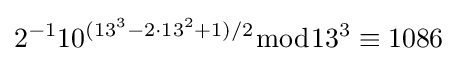
2^{-1}10^{(13^{3}-2\cdot 13^{2}+1)/2}{\bmod {13^{3}}}\equiv 1086